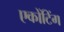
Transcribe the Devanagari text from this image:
एकोंटिंग